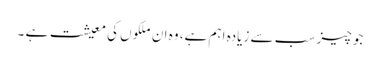
جو چیز سب سے زیادہ اہم ہے، وہ ان ملکوں کی معیشت ہے ۔